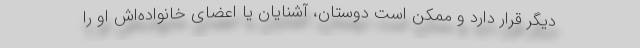
دیگر قرار دارد و ممکن است دوستان، آشنایان یا اعضای خانواده‌اش او را